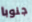
جنوبا